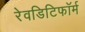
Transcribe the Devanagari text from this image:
रेवडिटिफॉर्म